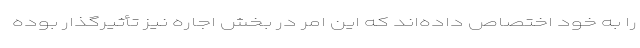
را به خود اختصاص داده‌اند که این امر در بخش اجاره نیز تأثیرگذار بوده